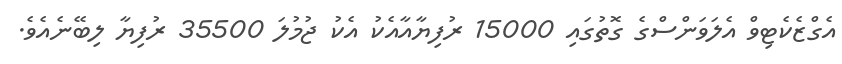
އެގްޒެކެޓިވް އެލަވަންސްގެ ގޮތުގައި 15000 ރުފިޔާއާއެކު އެކު ޖުމުލަ 35500 ރުފިޔާ ލިބޭނެއެވެ.